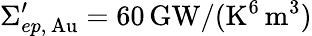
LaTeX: \Sigma_{ep,\, \mathrm{Au}}^{\prime}=60\, \mathrm{GW}/(\mathrm{K}^{6}\, \mathrm{m}^{3})